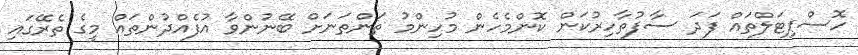
ހޮސްޕިޓަލްތައް ފަދަ ސާފުތާހިރުކަން ކޮންމެހެން މުހިންމު ތަންތަނަށް ބޭނުންވާ އުފެއްދުންތައް މީގެ ތެރޭގައި